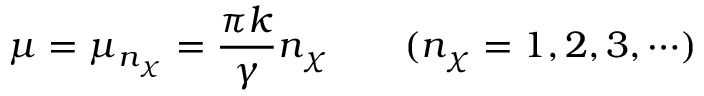
\mu = \mu _ { n _ { \chi } } = \frac { \pi k } { \gamma } n _ { \chi } ~ ~ ~ ~ ~ ~ ( n _ { \chi } = 1 , 2 , 3 , \cdots )